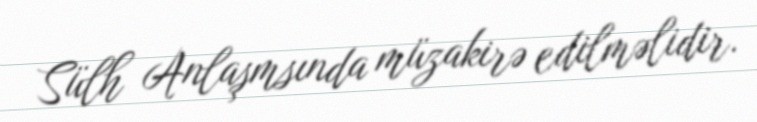
Sülh Anlaşmsında müzakirə edilməlidir.